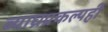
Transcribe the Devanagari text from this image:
व्याघ्रप्रकल्पही